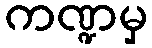
ကဏ္ဍမှ